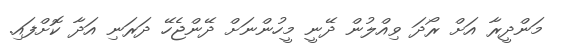
މަންދީރާ އަށް ރޯދަ ވިއްލުން ދޭނީ މީހުންނަށް ދޭންޖެހޭ ދަރަނި އަދާ ކޮށްފައި.